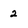
Character: 2